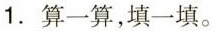
1.算一算，填一填。